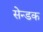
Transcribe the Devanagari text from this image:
सेन्डक